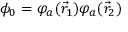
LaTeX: \phi _ { 0 } = \varphi _ { a } ( { \vec { r } } _ { 1 } ) \varphi _ { a } ( { \vec { r } } _ { 2 } )